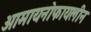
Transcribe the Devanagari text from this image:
आमायनोफायलीन